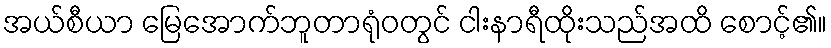
အယ်စီယာ မြေအောက်ဘူတာရုံဝတွင် ငါးနာရီထိုးသည်အထိ စောင့်၏။